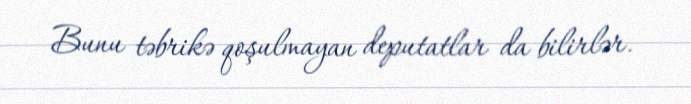
Bunu təbrikə qoşulmayan deputatlar da bilirlər.